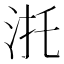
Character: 𣴜